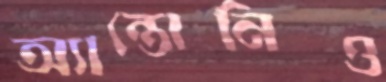
অ্যান্তোনিও